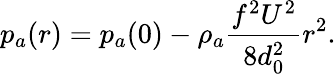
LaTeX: p_{a}(r)=p_{a}(0)-\rho_{a}\frac{f^{2}U^{2}}{8d_{0}^{2}}r^{2}.